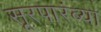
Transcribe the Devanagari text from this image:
सूरपारंब्या